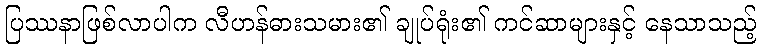
ပြဿနာဖြစ်လာပါက လီဟန်ဓားသမား၏ ချုပ်ရုံး၏ ကင်ဆာများနှင့် နေသာသည့်